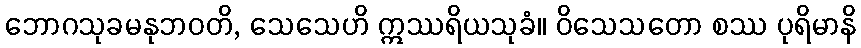
ဘောဂသုခမနုဘဝတိ, သေသေဟိ ဣဿရိယသုခံ။ ဝိသေသတော စဿ ပုရိမာနိ